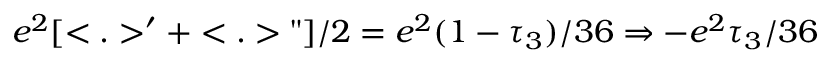
e ^ { 2 } [ < . > ^ { \prime } + < . > " ] / 2 = e ^ { 2 } ( 1 - \tau _ { 3 } ) / 3 6 \Rightarrow - e ^ { 2 } \tau _ { 3 } / 3 6